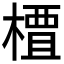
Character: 𫞍